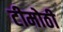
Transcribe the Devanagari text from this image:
टीमोठी